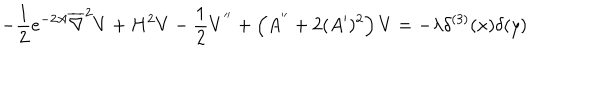
LaTeX: - \frac { 1 } { 2 } e ^ { - 2 A } \overline { { { \nabla } } } ^ { 2 } V + H ^ { 2 } V - \frac { 1 } { 2 } V ^ { ' ^ { \prime } } + \left( A ^ { ' ^ { \prime } } + 2 ( A ^ { \prime } ) ^ { 2 } \right) V = - \lambda \delta ^ { ( 3 ) } ( x ) \delta ( y )